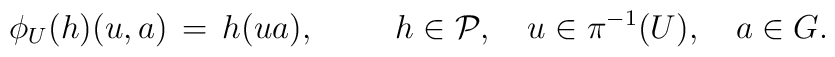
\phi_U(h)(u,a) \, = \, h(ua), \hspace{1,0cm} h \in {\cal P}, \quad u \in \pi^{-1}(U), \quad a \in G.